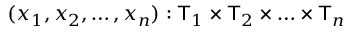
( x _ { 1 } , x _ { 2 } , \ldots , x _ { n } ) : { \mathsf { T } } _ { 1 } \times { \mathsf { T } } _ { 2 } \times \ldots \times { \mathsf { T } } _ { n }